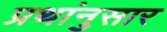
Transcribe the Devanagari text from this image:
प्रथांनुसार